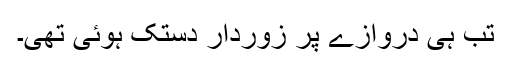
تب ہی دروازے پر زوردار دستک ہوئی تھی۔